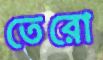
তেরো